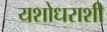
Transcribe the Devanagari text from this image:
यशोधराशी